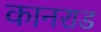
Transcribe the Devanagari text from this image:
कानराड